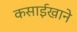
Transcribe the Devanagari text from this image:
कसाईखाने